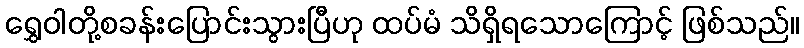
ရွှေဝါတို့စခန်းပြောင်းသွားပြီဟု ထပ်မံ သိရှိရသောကြောင့် ဖြစ်သည်။